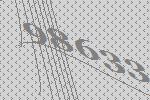
98633